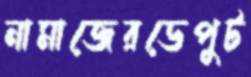
নামাজেরডেপুট